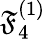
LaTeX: {\mathfrak{F}}_{4}^{(1)}